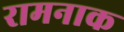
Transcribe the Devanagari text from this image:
रामनाक